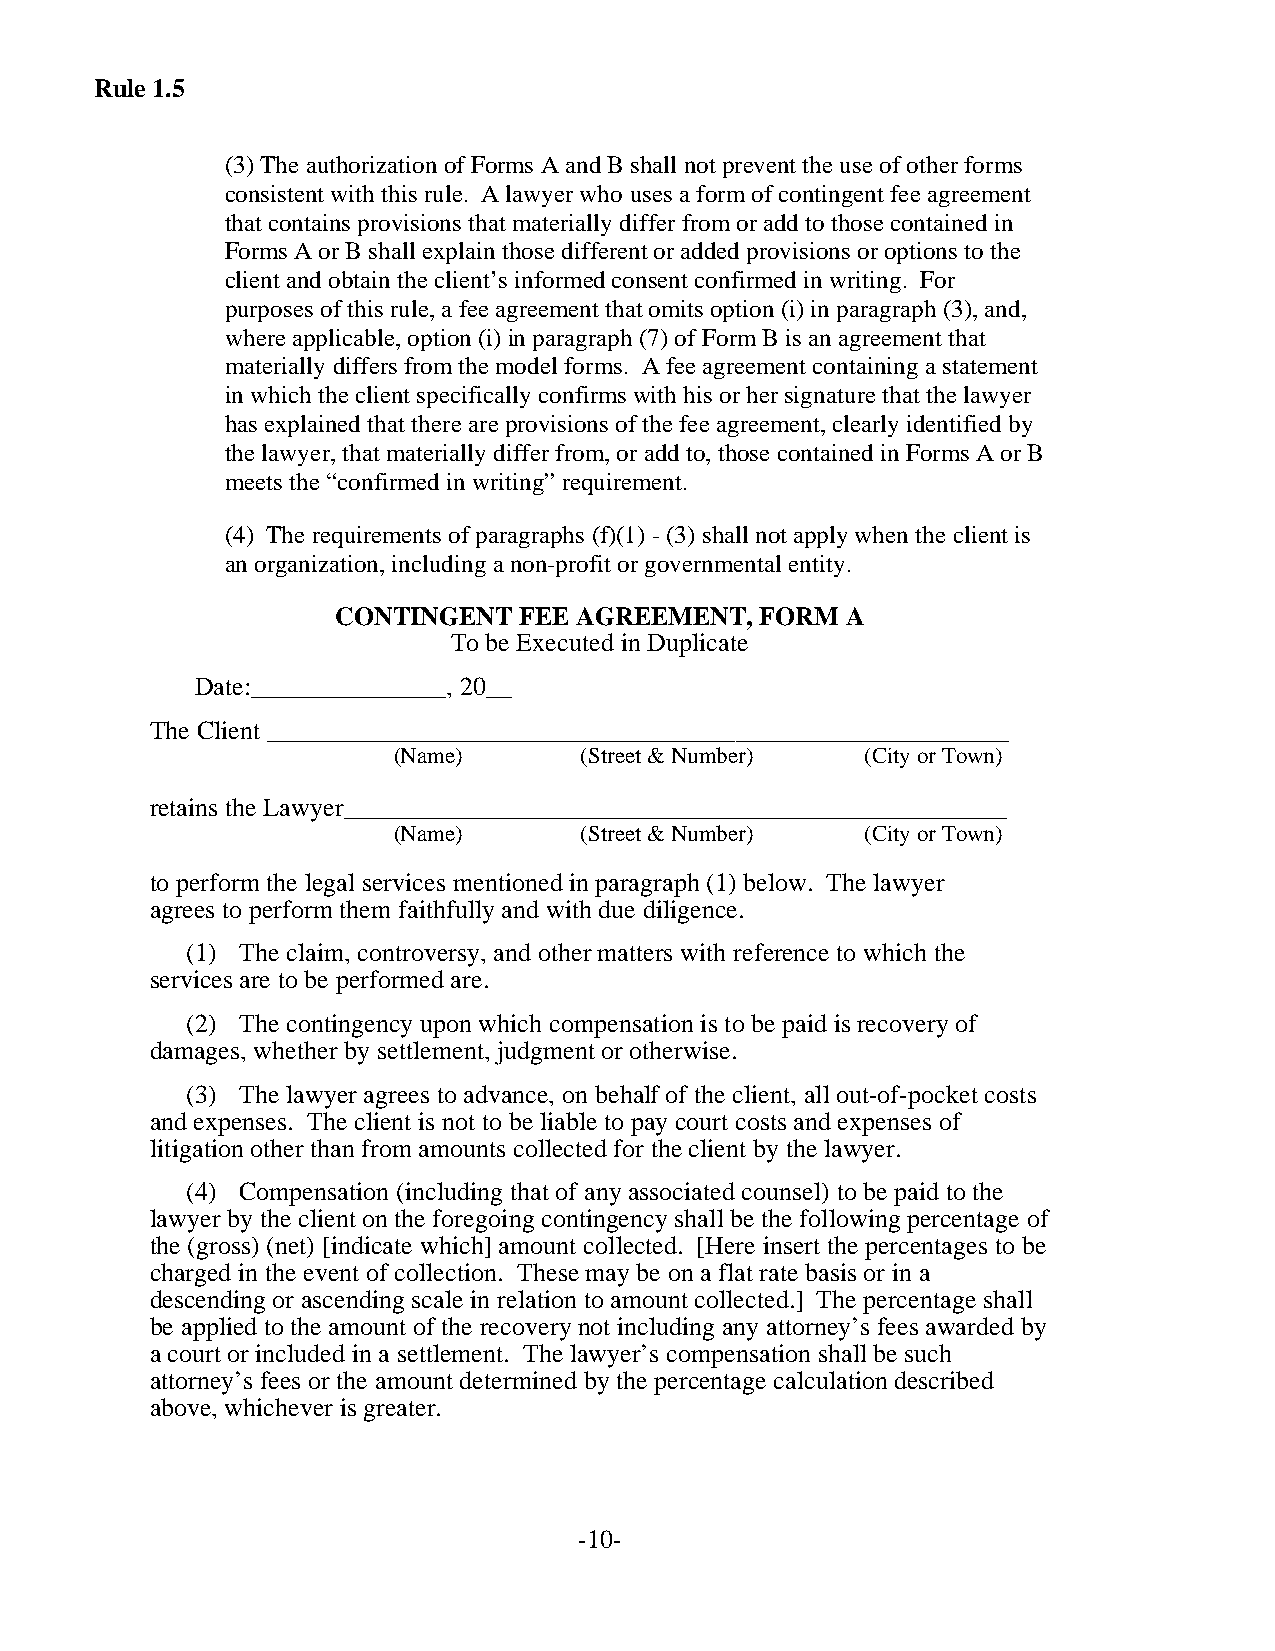
Rule 1.5
 (3) The authorization of Forms A and B shall not prevent the use of other forms
 consistent with this rule. A lawyer who uses a form of contingent fee agreement
 that contains provisions that materially differ from or add to those contained in
 Forms A or B shall explain those different or added provisions or options to the
 client and obtain the client’s informed consent confirmed in writing. For
 purposes of this rule, a fee agreement that omits option (i) in paragraph (3), and,
 where applicable, option (i) in paragraph (7) of Form B is an agreement that
 materially differs from the model forms. A fee agreement containing a statement
 in which the client specifically confirms with his or her signature that the lawyer
 has explained that there are provisions of the fee agreement, clearly identified by
 the lawyer, that materially differ from, or add to, those contained in Forms A or B
 meets the “confirmed in writing” requirement.
 (4) The requirements of paragraphs (f)(1) - (3) shall not apply when the client is
 an organization, including a non-profit or governmental entity.
 CONTINGENT  FEE AGREEMENT,  FORM  A
 To be Executed in Duplicate
 Date:_______________, 20__
 The Client _________________________________________________________
 (Name)      (Street & Number)  (City or Town)
 retains the Lawyer___________________________________________________
 (Name)      (Street & Number)  (City or Town)
 to perform the legal services mentioned in paragraph (1) below. The lawyer
 agrees to perform them faithfully and with due diligence.
 (1) The claim, controversy, and other matters with reference to which the
 services are to be performed are.
 (2) The contingency upon which compensation is to be paid is recovery of
 damages, whether by settlement, judgment or otherwise.
 (3) The lawyer agrees to advance, on behalf of the client, all out-of-pocket costs
 and expenses. The client is not to be liable to pay court costs and expenses of
 litigation other than from amounts collected for the client by the lawyer.
 (4) Compensation (including that of any associated counsel) to be paid to the
 lawyer by the client on the foregoing contingency shall be the following percentage of
 the (gross) (net) [indicate which] amount collected. [Here insert the percentages to be
 charged in the event of collection. These may be on a flat rate basis or in a
 descending or ascending scale in relation to amount collected.] The percentage shall
 be applied to the amount of the recovery not including any attorney’s fees awarded by
 a court or included in a settlement. The lawyer’s compensation shall be such
 attorney’s fees or the amount determined by the percentage calculation described
 above, whichever is greater.
 -10-